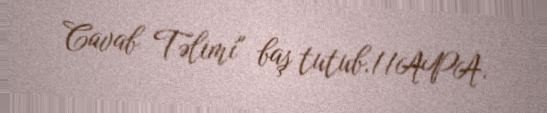
Cavab Təlimi" baş tutub.//APA.